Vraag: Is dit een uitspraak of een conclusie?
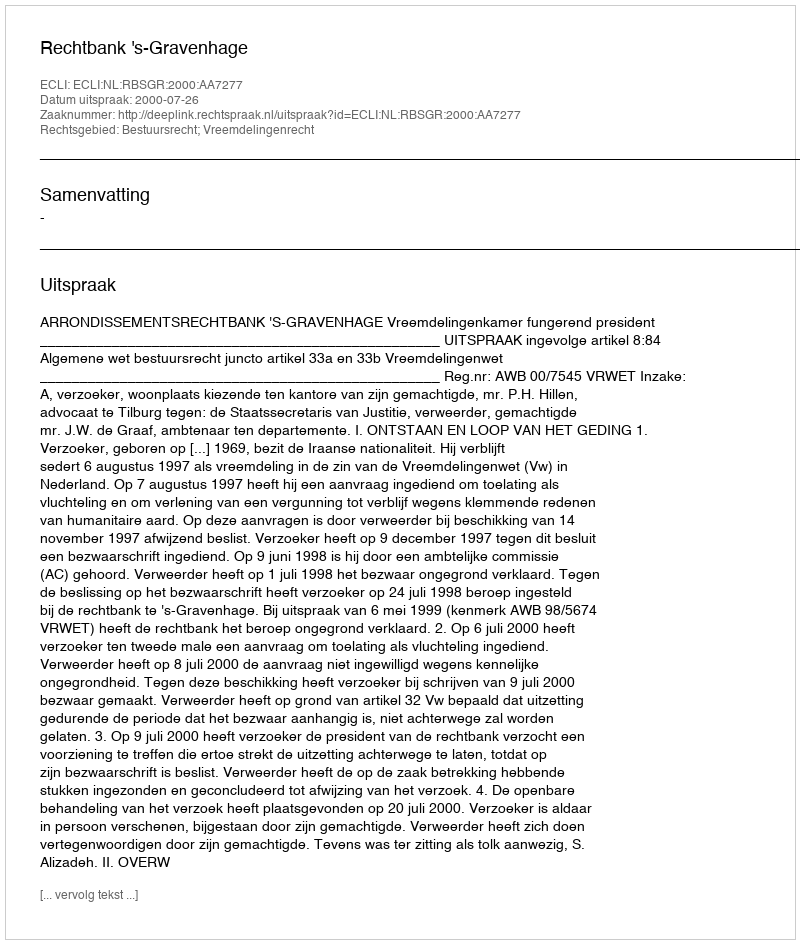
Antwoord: Uitspraak